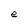
Character: e